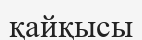
қайқысы